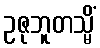
ဥဇုဘူတသ္မိံ